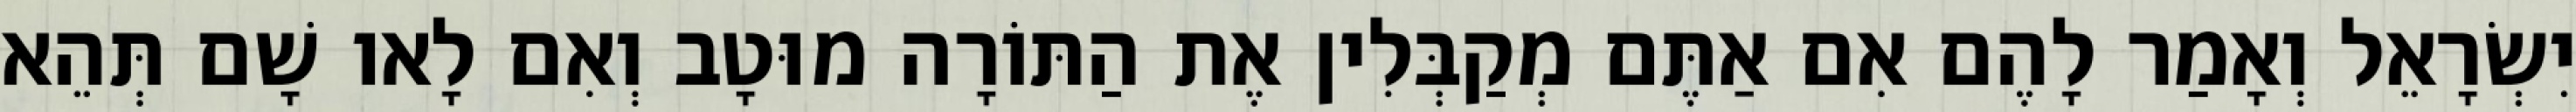
יִשְׂרָאֵל וְאָמַר לָהֶם אִם אַתֶּם מְקַבְּלִין אֶת הַתּוֹרָה מוּטָב וְאִם לָאו שָׁם תְּהֵא